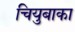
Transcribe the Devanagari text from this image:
चियुबाका